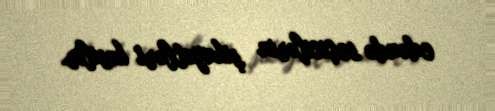
edəndə seçicilərin şikayətləri kəsilir.